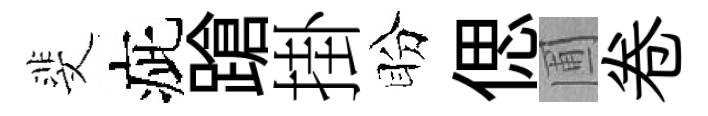
斐疵蹌掛盼偲圃卷